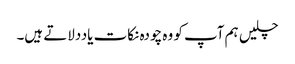
چلیں ہم آپ کو وہ چودہ نکات یاددلاتے ہیں۔